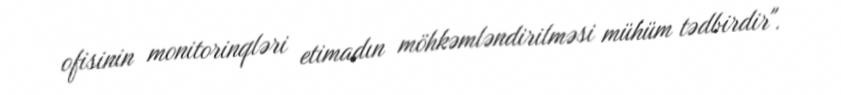
ofisinin monitorinqləri etimadın möhkəmləndirilməsi mühüm tədbirdir".